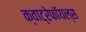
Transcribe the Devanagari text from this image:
क्वाट्रेफॉयल्स